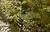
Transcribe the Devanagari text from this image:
यूटोरेंट